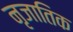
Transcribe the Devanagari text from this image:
नृजातिक